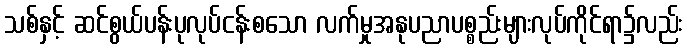
သစ်နှင့် ဆင်စွယ်ပန်းပုလုပ်ငန်းစသော လက်မှုအနုပညာပစ္စည်းများလုပ်ကိုင်ရာ၌လည်း